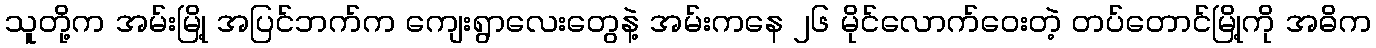
သူတို့က အမ်းမြို့ အပြင်ဘက်က ကျေးရွာလေးတွေနဲ့ အမ်းကနေ ၂၆ မိုင်လောက်ဝေးတဲ့ တပ်တောင်မြို့ကို အဓိက